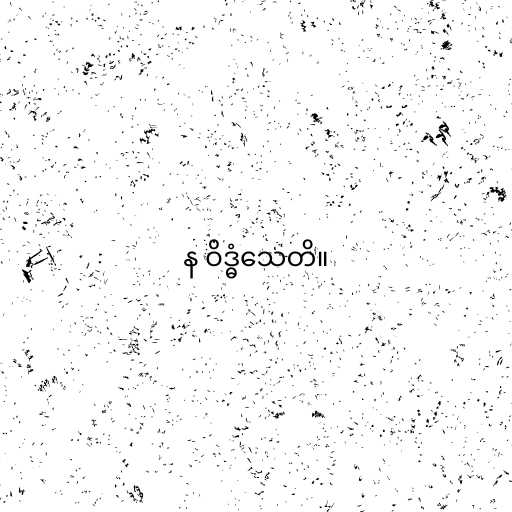
န ဝိဒ္ဓံသေတိ။